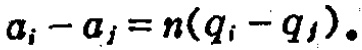
\(a_{i}-a_{j}=n(q_{i}-q_{j})\)